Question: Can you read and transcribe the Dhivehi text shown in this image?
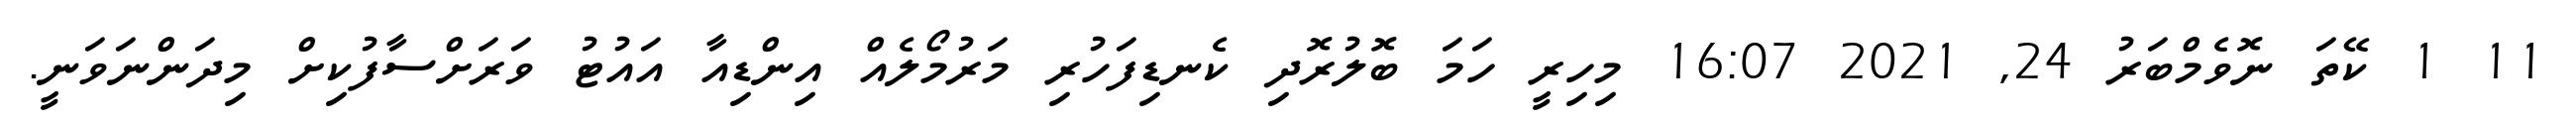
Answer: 11 1 ކޭތަ ނޮވެމްބަރު 24, 2021 16:07 މިހިރީ ހަމަ ބޮލުރޮދި ކެނޑިފަހުރި މަރުމޯލެއް އިންޑިއާ އައުޓު ވަރަށްސާފުކިށް މިދަންނަވަނީ.